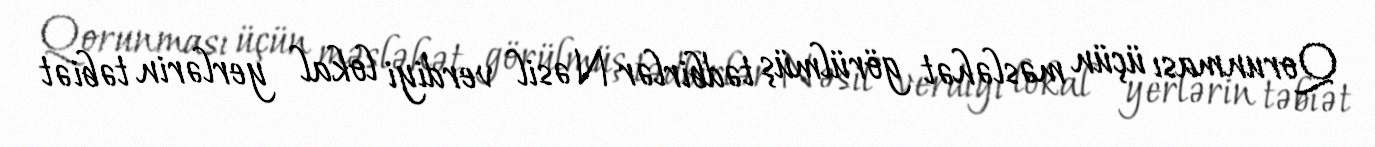
Qorunması üçün məsləhət görülmüş tədbirlər Nəsil verdiyi lokal yerlərin təbiət